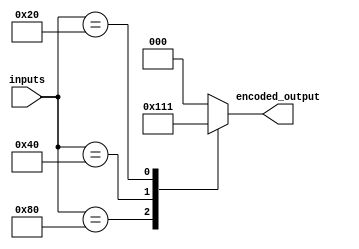
module priority_encoder(
    input [7:0] inputs,
    output reg [2:0] encoded_output
);

always @(*) begin
    case(inputs)
        8'b10000000: encoded_output = 3'b100;
        8'b01000000: encoded_output = 3'b010;
        8'b00100000: encoded_output = 3'b001;
        8'b00010000: encoded_output = 3'b000;
        8'b00001000: encoded_output = 3'b000;
        8'b00000100: encoded_output = 3'b000;
        8'b00000010: encoded_output = 3'b000;
        8'b00000001: encoded_output = 3'b000;
        default: encoded_output = 3'b000;
    endcase
end

endmodule